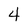
Character: 4